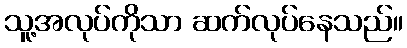
သူ့အလုပ်ကိုသာ ဆက်လုပ်နေသည်။